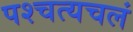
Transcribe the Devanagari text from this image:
पश्चत्यचलं